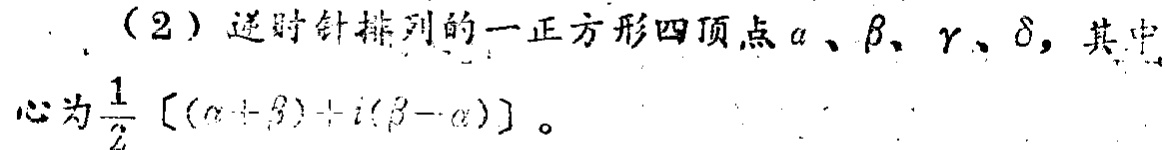
（2）逆时针排列的一正方形四顶点\(\alpha\)、\(\beta\)、\(\gamma\)、\(\delta\)，其中心为\(\frac{1}{2}[(\alpha +\beta)+i(\beta - \alpha)]\)。